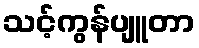
သင့်ကွန်ပျူတာ